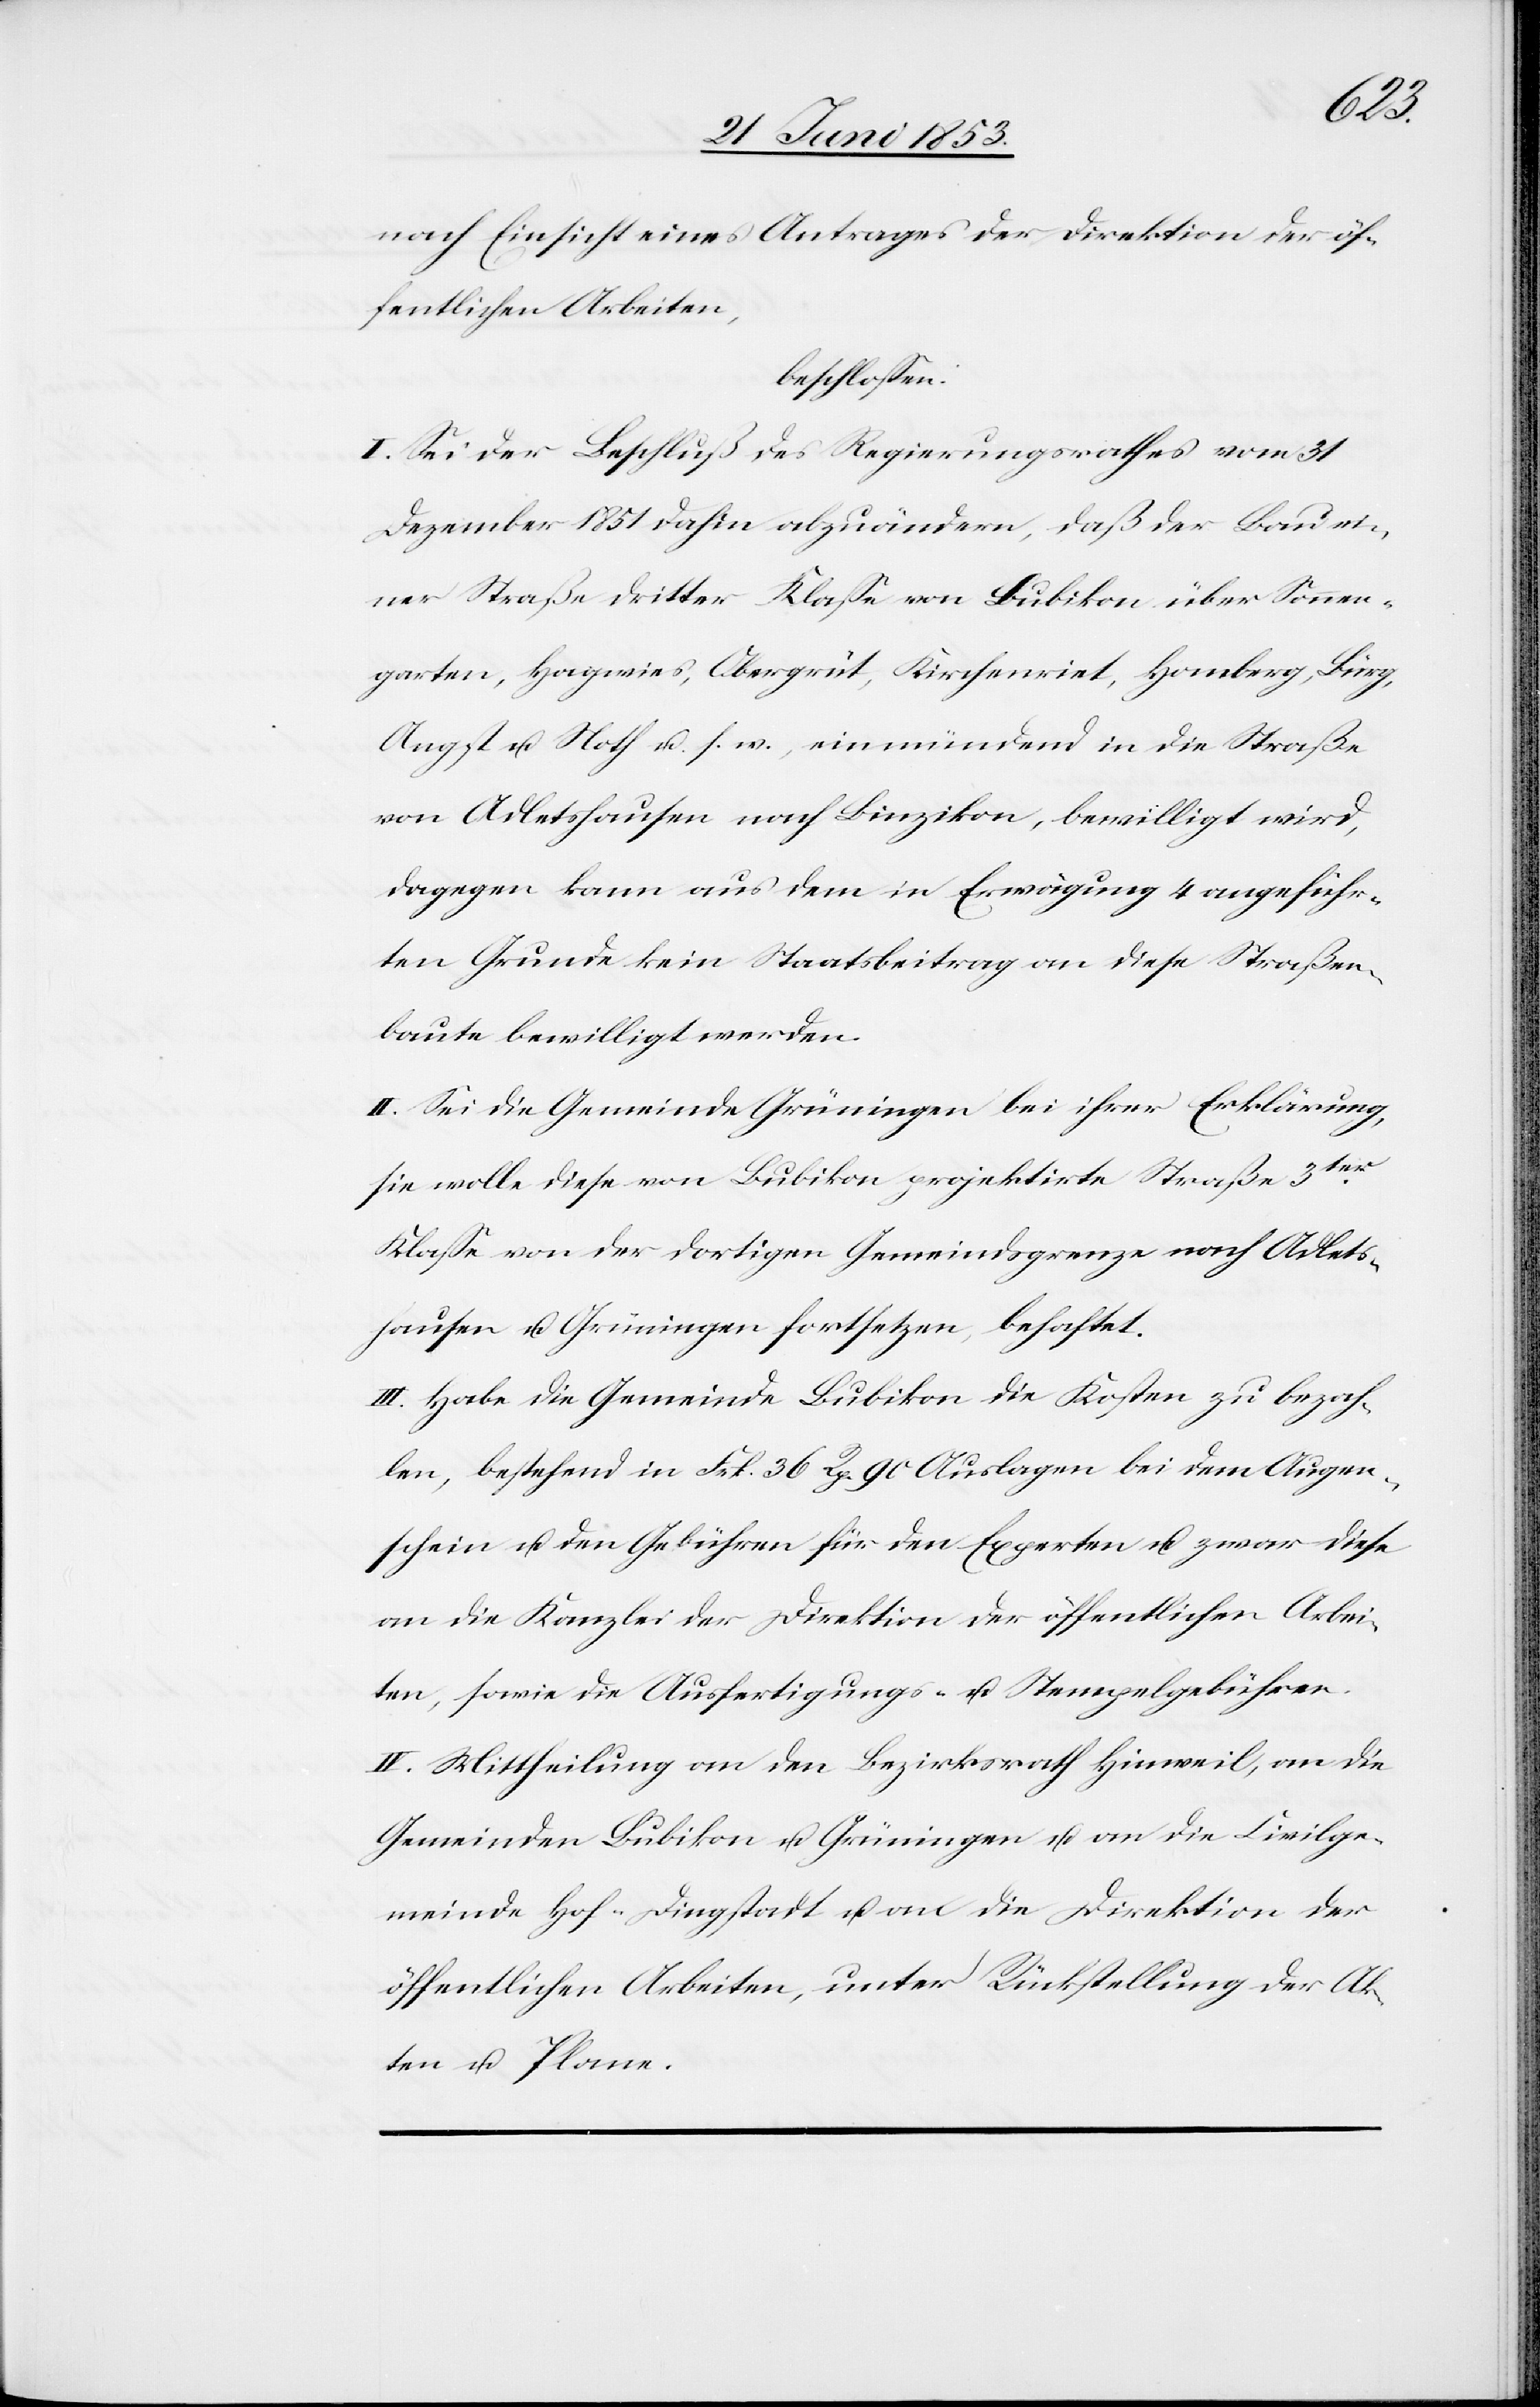
nach Einsicht eines Antrages der Direktion der öf¬
fentlichen Arbeiten,
beschloßen:
I. Sei der Beschluß des Regierungsrathes vom 31
Dezember 1851 dahin abzuändern, daß der Bau ei¬
ner Straße dritter Klaße von Bubikon über Sonnen¬
garten, Hagwies, Obergrüt, Kirchenriet, Homberg, Bürg,
Angst u. Noth u. s. w., einmündend in die Straße
von Adletshausen nach Binzikon, bewilligt wird,
dagegen kann aus dem in Erwägung 4 angeführ¬
ten Grunde kein Staatsbeitrag an diese Straßen¬
bauten bewilligt werden.
II. Sei die Gemeinde Grüningen bei ihrer Erklärung,
sie wolle diese von Bubikon projektirte Straße 3ter.
Klaße von der dortigen Gemeindsgrenze nach Adlets¬
hausen u. Grüningen fortsetzen behaftet.
III. Habe die Gemeinde Bubikon die Kosten zu bezah¬
len, bestehend in Frk 36 Rp. 90 Auslagen bei dem Augen¬
schein u. den Gebühren für den Experten u. zwar diese
an die Kanzlei der Direktion der öffentlichen Arbei¬
ten, sowie die Ausfertigungs- u. Stempelgebühren.
IV. Mittheilung an den Bezirksrath Hinweil, an die
Gemeinden Bubikon u. Grüningen u. an die Civilge¬
meinde Hof-Dingstadt u. an die Direktion der
öffentlichen Arbeiten, unter Rückstellung der Ak¬
ten u. Plane.